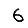
Digit: 6